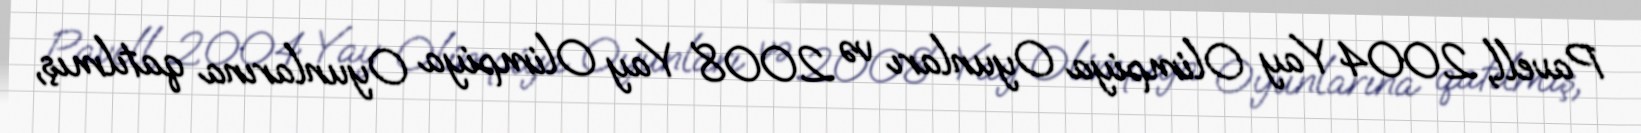
Pavell, 2004 Yay Olimpiya Oyunları və 2008 Yay Olimpiya Oyunlarına qatılmış,